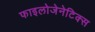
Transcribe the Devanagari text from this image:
फाइलोजेनेटिक्स